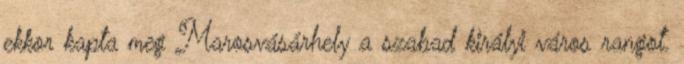
ekkor kapta meg Marosvásárhely a szabad királyi város rangot.